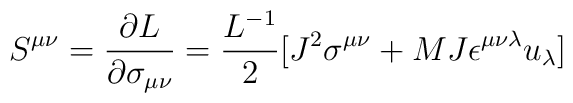
S^{\mu\nu}={{\partial L}\over {\partial \sigma _{\mu\nu}}}={{L^{-1}}\over 2}[J^2\sigma ^{\mu\nu } +{MJ}\epsilon^{\mu\nu\lambda}u_\lambda ]